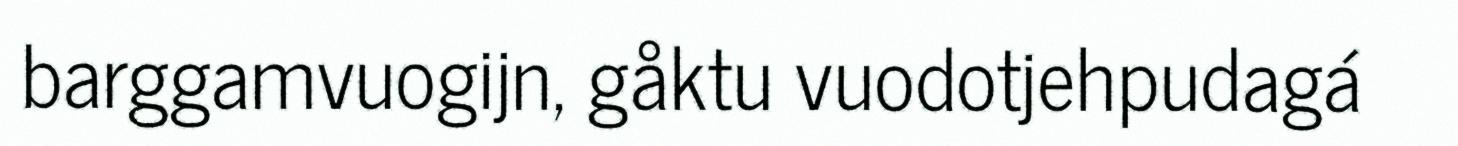
barggamvuogijn, gåktu vuodotjehpudagá